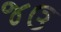
જઉ